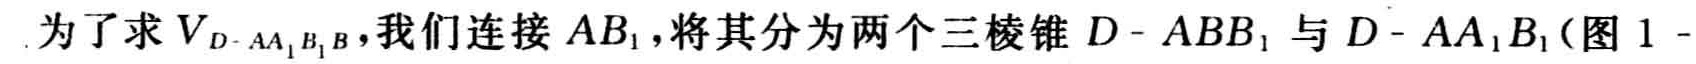
为了求\(V_{D - AA_{1}B_{1}B}\)，我们连接\(AB_{1}\)，将其分为两个三棱锥\(D - ABB_{1}\)与\(D - AA_{1}B_{1}\)（图 \(1 -\)